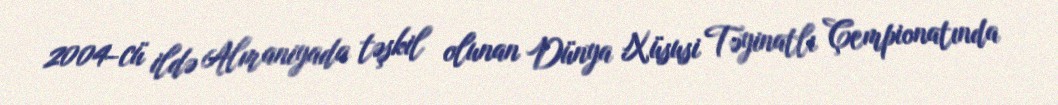
2004-cü ildə Almaniyada təşkil olunan Dünya Xüsusi Təyinatlı Çempionatında